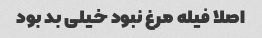
اصلا فیله مرغ نبود خیلى بد بود